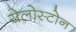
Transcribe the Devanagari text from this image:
येलोस्टोन